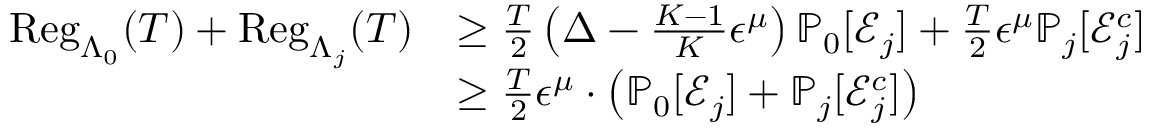
\begin{array} { r l } { \mathrm { R e g } _ { \Lambda _ { 0 } } ( T ) + \mathrm { R e g } _ { \Lambda _ { j } } ( T ) } & { \geq \frac { T } { 2 } \left( \Delta - \frac { K - 1 } { K } \epsilon ^ { \mu } \right) \mathbb { P } _ { 0 } [ \mathcal { E } _ { j } ] + \frac { T } { 2 } \epsilon ^ { \mu } \mathbb { P } _ { j } [ \mathcal { E } _ { j } ^ { c } ] } \\ & { \geq \frac { T } { 2 } \epsilon ^ { \mu } \cdot \left( \mathbb { P } _ { 0 } [ \mathcal { E } _ { j } ] + \mathbb { P } _ { j } [ \mathcal { E } _ { j } ^ { c } ] \right) } \end{array}